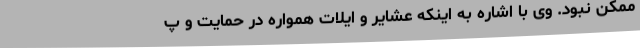
ممکن نبود. وی با اشاره به اینکه عشایر و ایلات همواره در حمایت و پ